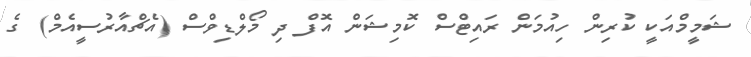
ޝަމީމްއަކީ ކުރިން ހިއުމަން ރައިޓްސް ކޮމިޝަން އޮފް ދި މޯލްޑިވްސް (އެޗްއާރުސީއެމް) ގެ